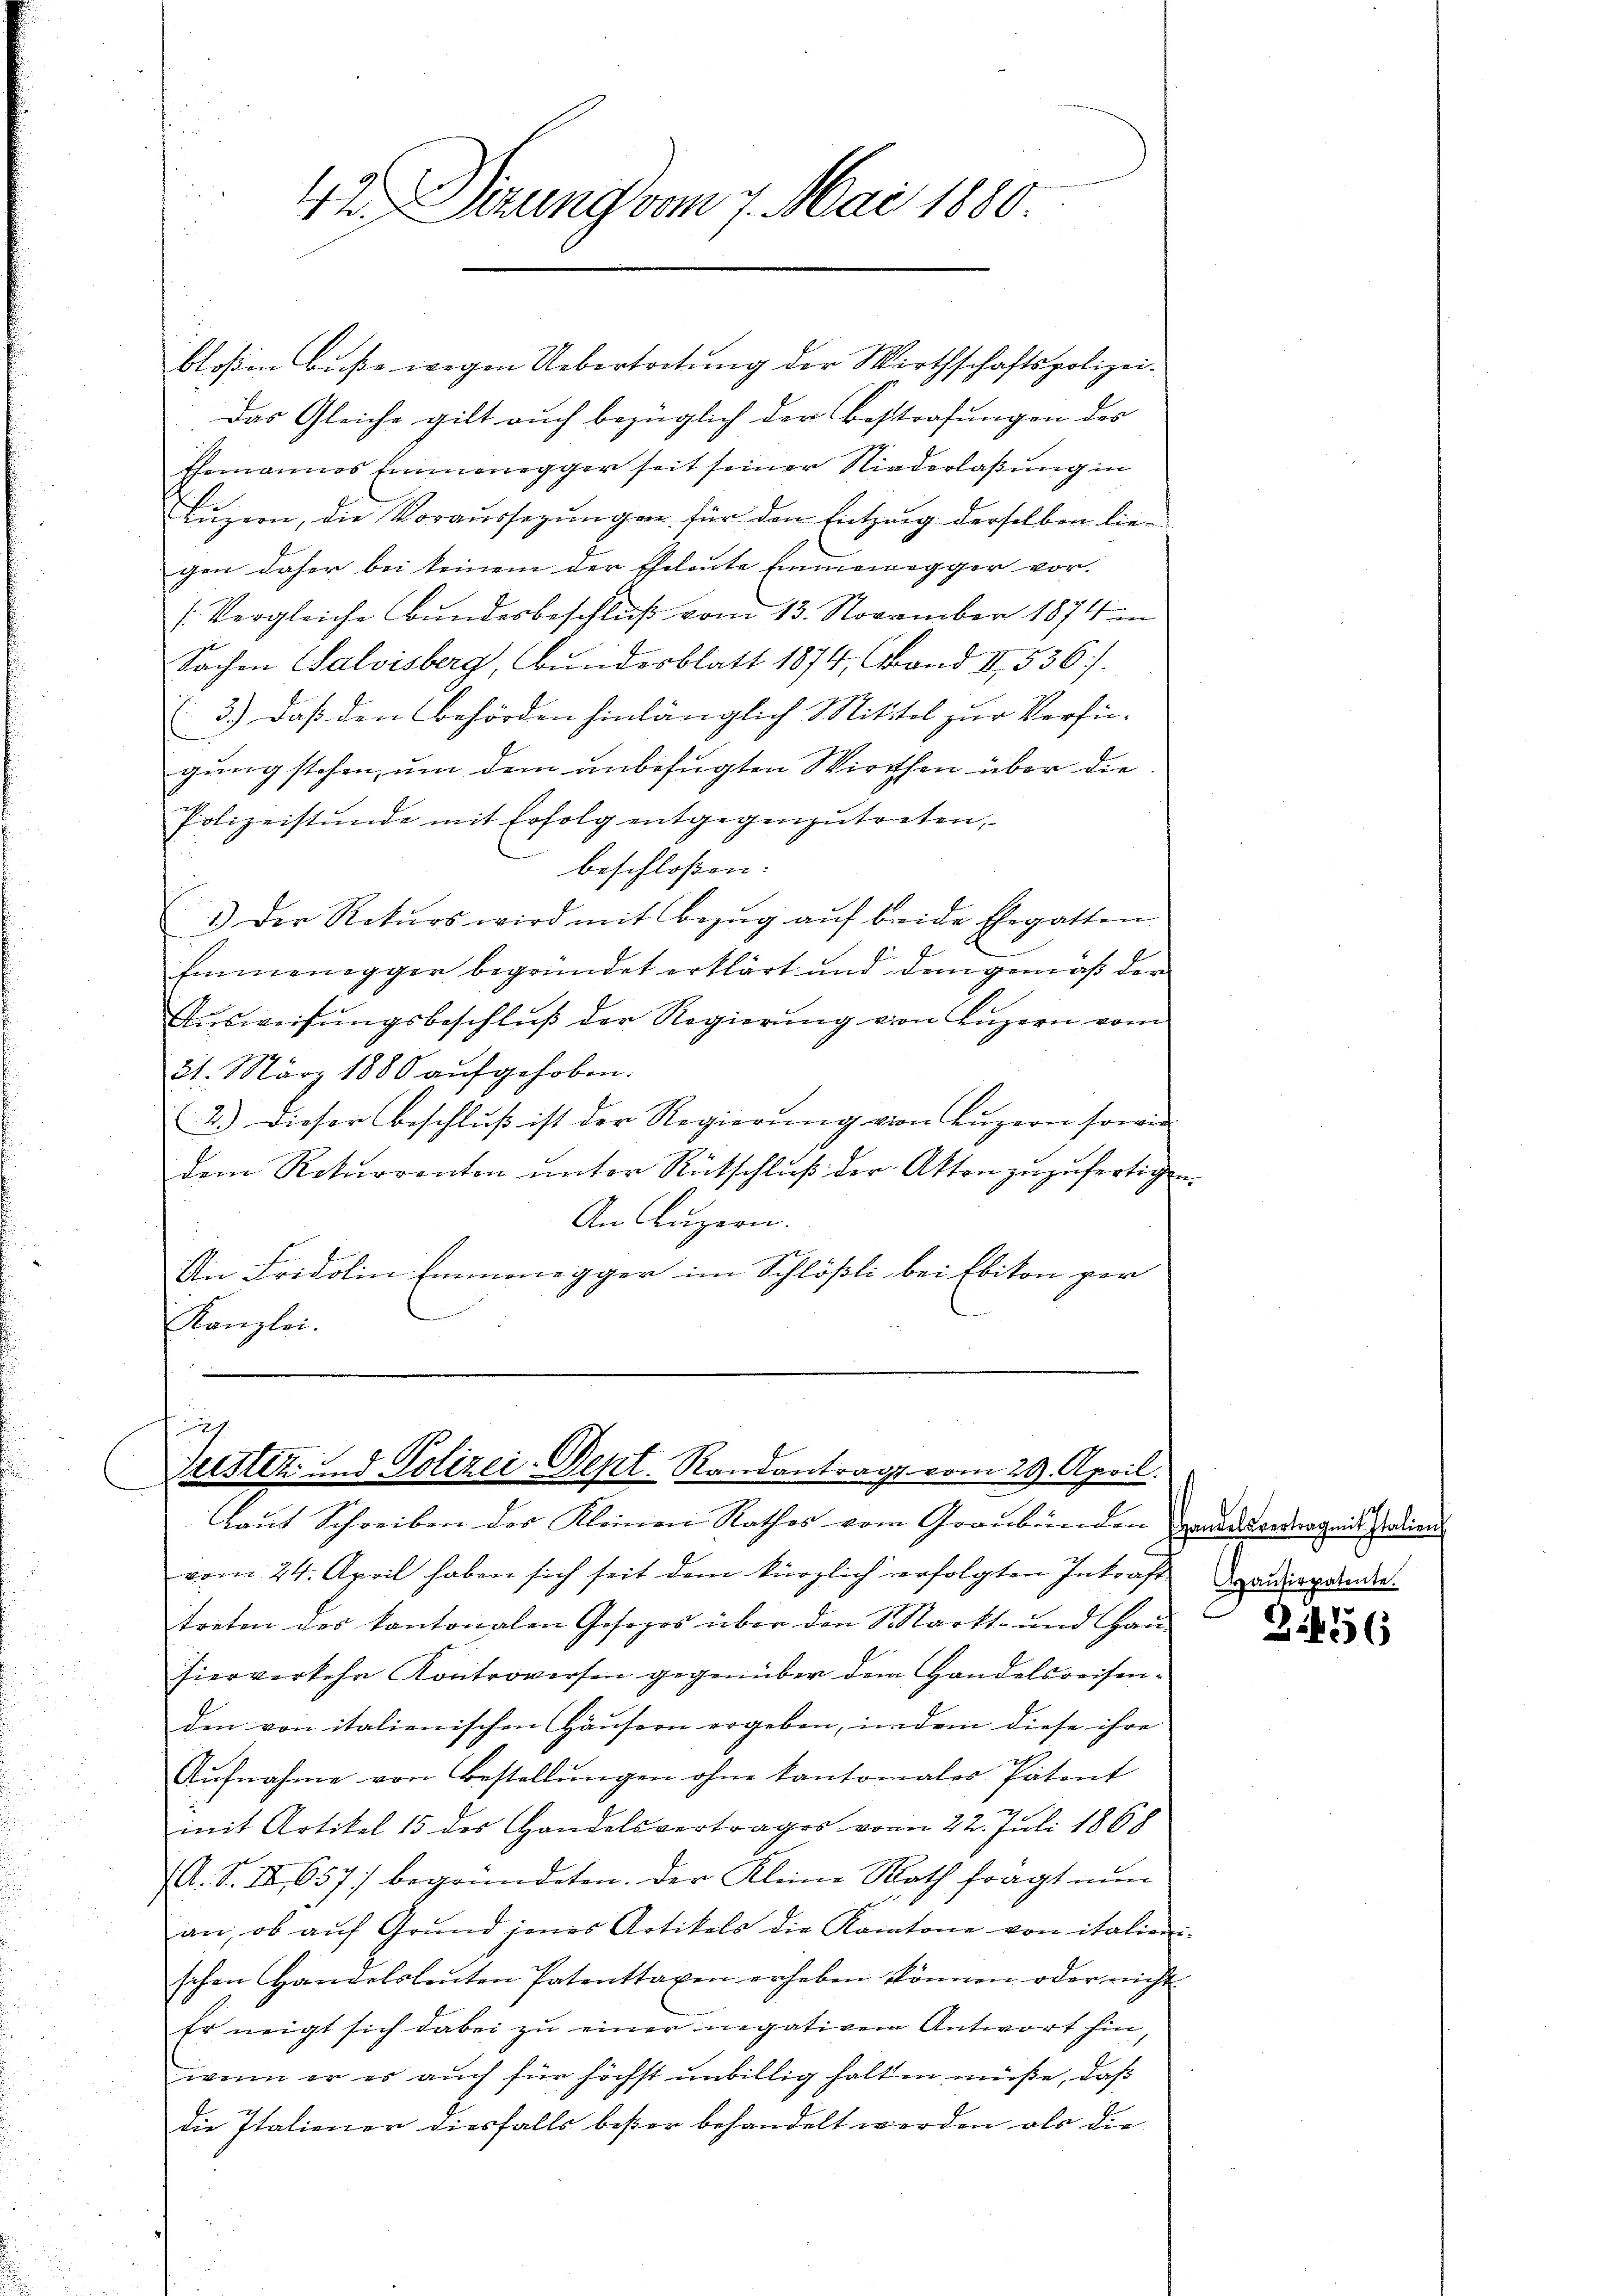
42. Dirung vom 7. Mai 1880

bloßen Buße wegen Uebertretung der Wirthschaftspolizeidas Gleiche gilt auch bezüglich der Bestrafungen des
Ehemannes Emmenegger seit seiner Niederlaßung in
Luzern, die Voraussegŭngen für den Entzung derselben liegen daher bei keinem der Eheleute Emmenegger vor-
s. Vergleiche Bundesbeschluß vom 13. November 1874 un
Sachen Salvisberg, Bundesblatt 1874, Band II, 536.
3.) Daß den Behörden hinlänglich Mittel zur Verfü-
gung stehen, um dem unbefugten Wirchen über die
Polizeistunde mit Erfolg entgegenzutreten,
beschloßen:
1.) Der Rekŭrs wird mit Bezŭg aŭf breide Ehegatten
Emmenegger begründet erklärt und demgemäß der
Ausweisungsbeschluß der Regierung von Luzern vom
21. März 1880 aŭfgehoben.
2.) Dieser Beschluß ist der Regierung von Luzern sowie
dem Rekurrenten unter Rückschluß der Atten zuzufertigen
An Luzern.
Iin Fridolin Emmenegger im Schlößli bei Ebikon ger
Kanzlei.

h
Geister. - Polizei-Dept. Randantrags vom 29. April.
Laŭt Schreiben der Kleinen Rathes vom Graubünden ande wedergeit zweien

vom 24. April haben sich seit dem kürzlich erfolgten Inkraft andergende
treten des kantonalen Gesezes über den Markt- und Han
hierwerkehr Kontroversen gegenüber dem Handelsreisenden von italienischen Häŭsern ergeben, indem diese ihre
Aŭfnahme von Bestellŭngen ohne kantonales Patent
mit Artikel 15 des Handelsvertrages vom 22. Juli 1868
(A. S. II., 657) begründeten. Der Kleine Rath frägt nun
an, ob aŭf Grŭnd jenes Artikels die Kantone von italieni-
schen Handelsleŭten Patenttaxen erheben können oder nicht
Er neigt sich dabei zu einer negativen Antwort hin,
wenn er es auch für höchst unbillig halten müße, daß
die Italiener diesfalls besser behandelt werden als die

Z 456